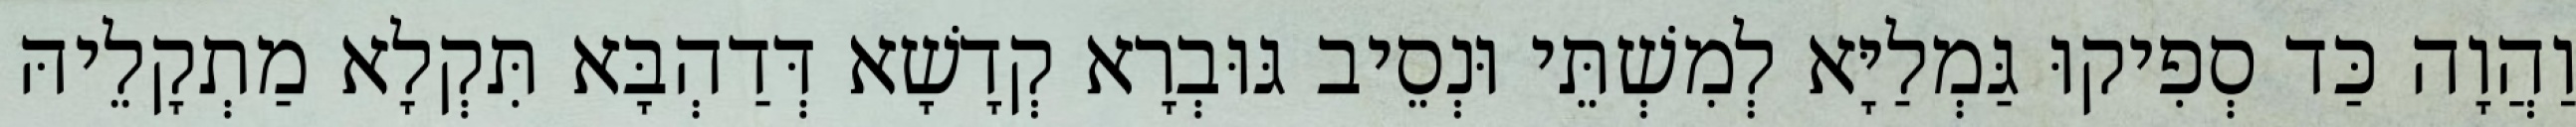
וַהֲוָה כַּד סְפִיקוּ גַּמְלַיָּא לְמִשְׁתֵּי וּנְסֵיב גּוּבְרָא קְדָשָׁא דְּדַהְבָּא תִּקְלָא מַתְקָלֵיהּ